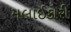
મલાઈકોરી